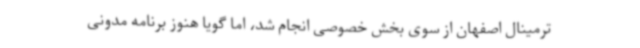
ترمینال اصفهان از سوی بخش خصوصی انجام شد، اما گویا هنوز برنامه مدونی